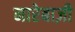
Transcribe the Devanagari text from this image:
नारेबाज़ी